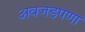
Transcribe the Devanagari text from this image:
अवजडपणा